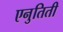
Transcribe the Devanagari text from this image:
एनुतिती